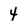
Character: 4